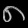
Digit: ၈